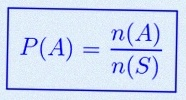
P(A)=\frac{n(A)}{n(S)}